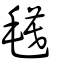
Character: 氁